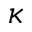
\kappa